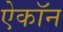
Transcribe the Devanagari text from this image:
ऐकॉन